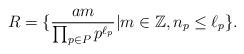
LaTeX: \begin{align*}R = \{ \frac{am}{\prod_{p\in P}p^{\ell_p}} \vert m \in \mathbb{Z}, n_p \leq \ell_p \}.\end{align*}